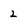
Character: 2